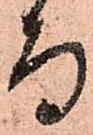
而